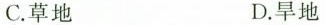
C.草地 D.旱地